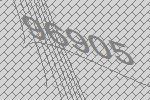
96905